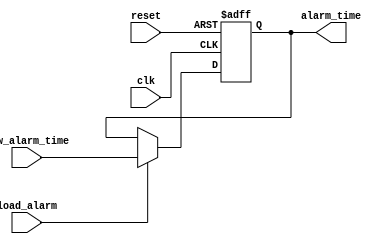
// Register
// _FPGA Prototyping by Verilog Examples_ Cho 2008
//
// ECE4/530 Fall 2012
//
// David Poole 03-Nov-2012

`timescale 1 ns / 10 ps

module AL_Reg
    ( input wire clk,
      input wire reset,
      input wire [15:0] new_alarm_time,
      input wire load_alarm,
      output reg [15:0] alarm_time );

    always @(posedge clk, posedge reset )
    begin
        if( reset ) 
        begin
            alarm_time <= 0;
        end
        else if( load_alarm )
        begin
            alarm_time <= new_alarm_time;
        end
    end

endmodule